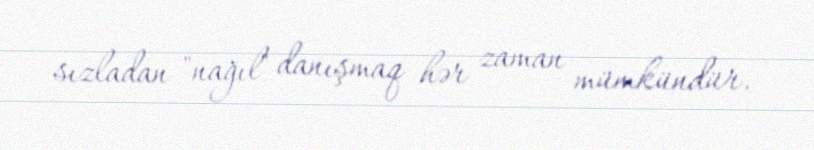
sızladan "nağıl" danışmaq hər zaman mümkündür.